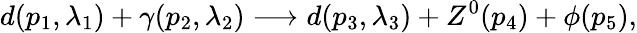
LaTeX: d(p_{1},\lambda_{1})+\gamma(p_{2},\lambda_{2})\longrightarrow d(p_{3},\lambda_{3})+Z^{0}(p_{4})+\phi(p_{5}),